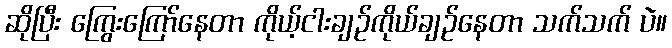
ဆိုပြီး ကြွေးကြော်နေတာ ကိုယ့်ငါးချဉ်ကိုယ်ချဉ်နေတာ သက်သက် ပဲ။